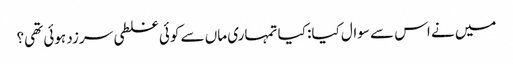
میں نے اس سے سوال کیا: کیا تمہاری ماں سے کوئی غلطی سرزد ہوئی تھی؟